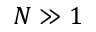
N \gg 1